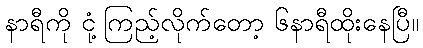
နာရီကို ငုံ့ကြည့်လိုက်တော့ ၆နာရီထိုးနေပြီ။